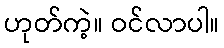
ဟုတ်ကဲ့။ ဝင်လာပါ။